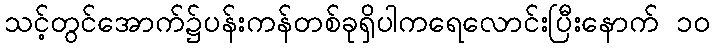
သင့်တွင်အောက်၌ပန်းကန်တစ်ခုရှိပါကရေလောင်းပြီးနောက် ၁၀